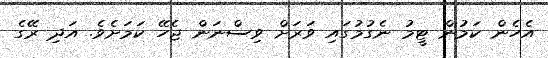
އެހެން ކަމުން ޓީމު ނެގުމުގައި ވަރަށް ވިސްނަން ޖެހޭ ކަމަށެވެ. އަދި ރޭގެ